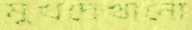
মুখদেখানো